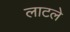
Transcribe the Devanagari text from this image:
लाटले